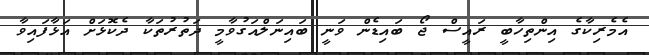
އެމެރިކާގެ އިންތިހާބީ ރައީސް ޖޯ ބައިޑެން ވަނީ ބައިނަލްއަގުވާމީ ދަތުރުތަކާ ދެކޮޅަށް އަޅާފައިވާ